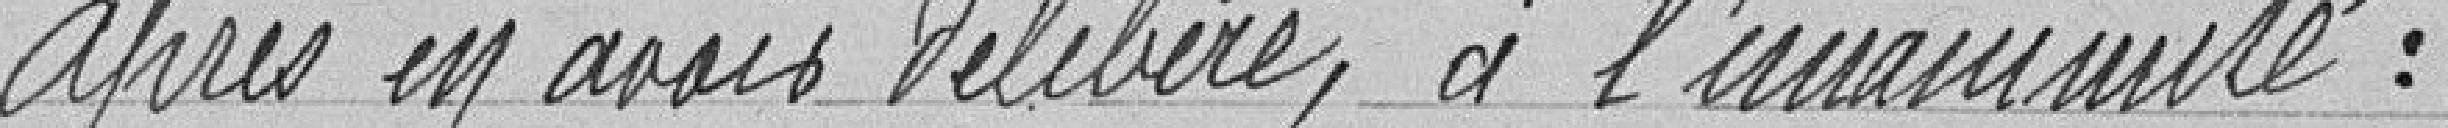
après en avoir délibéré, à l'unanimité :